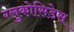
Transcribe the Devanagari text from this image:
ग्लुकोसिडेस